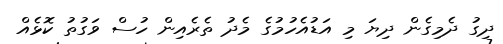
ދިގު ދެމިގެން ދިޔަ މި އަޑުއެހުމުގެ މެދު ތެރެއިން ހުސް ވަގުތު ކޮޅެއް